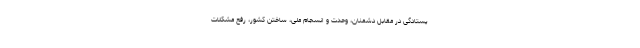
یستادگی در مقابل دشمنان، وحدت و انسجام ملی، ساختن کشور، رفع مشکلات